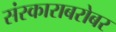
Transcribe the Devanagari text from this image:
संस्काराबरोबर